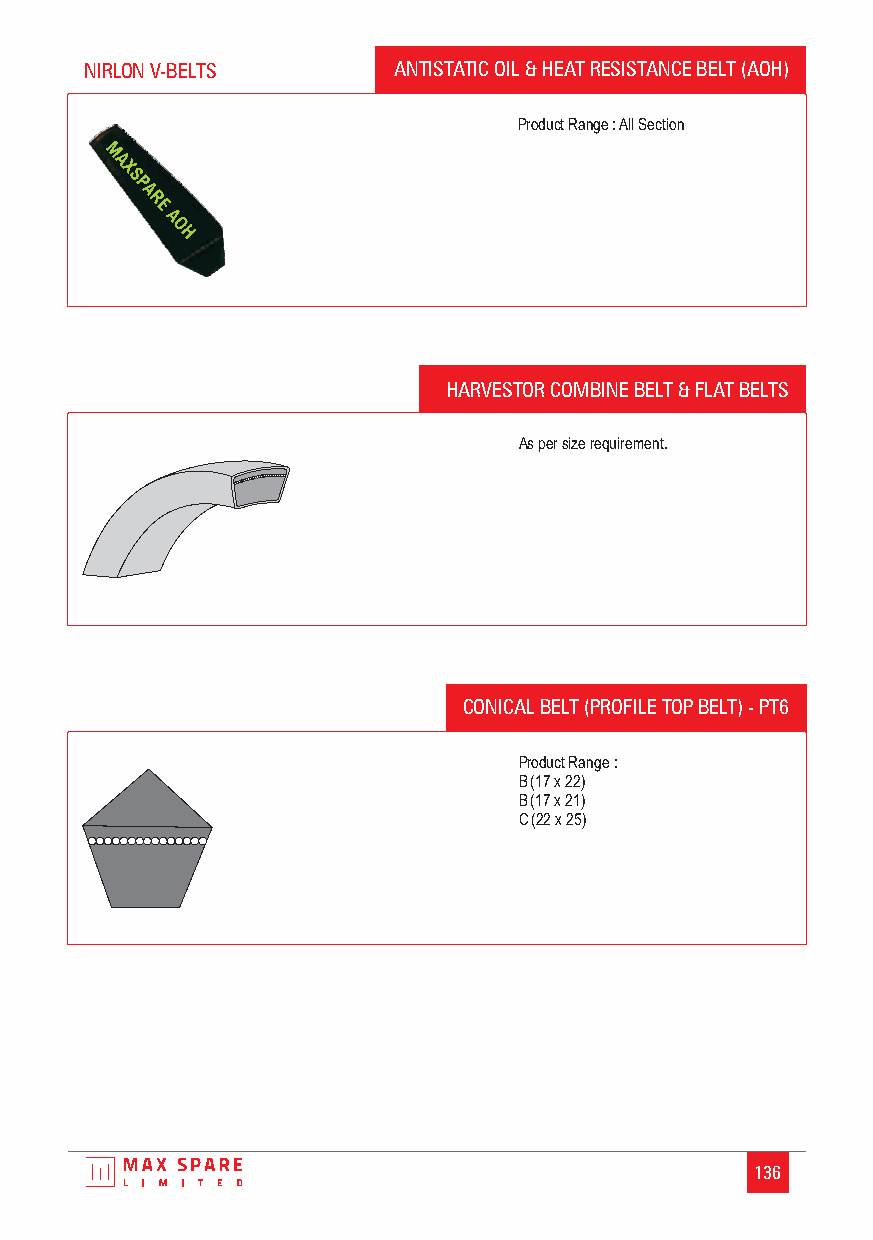
NIRLON V-BELTS      ANTISTATIC OIL & HEAT RESISTANCE BELT (AOH)
 Product Range :All Section
 HARVESTOR COMBINE BELT & FLAT BELTS
 As per size requirement.
 CONICAL BELT (PROFILE TOP BELT) - PT6
 Product Range :
 B (17 x 22)
 B (17 x 21)
 C (22 x 25)
 136